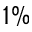
1 \%